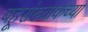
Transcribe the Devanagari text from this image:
बहूसंख्याकच्या